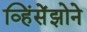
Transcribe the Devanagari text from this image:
व्हिंसेंझोने